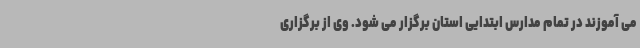
می آموزند در تمام مدارس ابتدایی استان برگزار می شود. وی از برگزاری